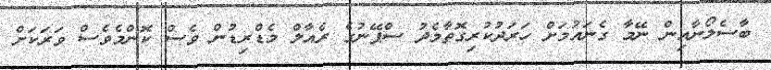
ބާސެލޯނާއިން ނޭމާ ގެނައުމަށް ހަރަދުކުރިގޮތާމެދު ސްޕޭނުގެ ރެއާލް މެޑްރިޑުން ވެސް ކޮންމެވެސް ވަރަކަށް